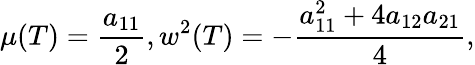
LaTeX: \mu(T)=\frac{a_{11}}{2},w^{2}(T)=-\frac{a_{11}^{2}+4a_{12}a_{21}}{4},